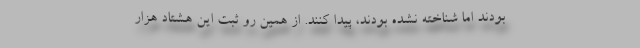
بودند اما شناخته نشده بودند، پیدا کنند. از همین رو ثبت این هشتاد هزار